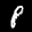
Label: 8